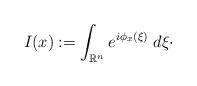
LaTeX: \begin{align*}I(x) := \int_{\mathbb{R}^{n}} e^{i \phi_{x}(\xi)} \; d \xi \cdot\end{align*}